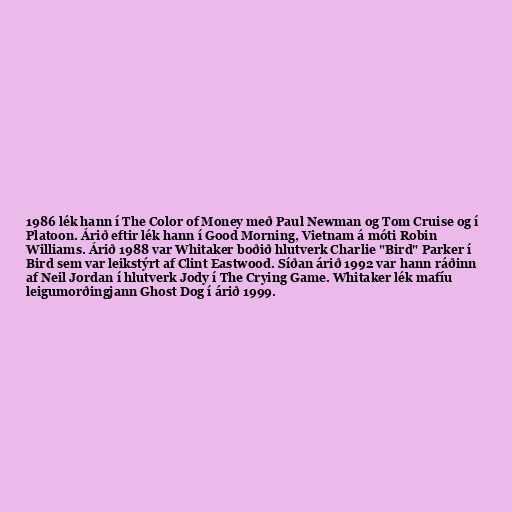
1986 lék hann í The Color of Money með Paul Newman og Tom Cruise og í
Platoon. Árið eftir lék hann í Good Morning, Vietnam á móti Robin
Williams. Árið 1988 var Whitaker boðið hlutverk Charlie "Bird" Parker í
Bird sem var leikstýrt af Clint Eastwood. Síðan árið 1992 var hann ráðinn
af Neil Jordan í hlutverk Jody í The Crying Game. Whitaker lék mafíu
leigumorðingjann Ghost Dog í árið 1999.